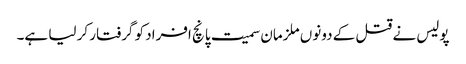
پولیس نے قتل کے دونوں ملزمان سمیت پانچ افراد کو گرفتار کر لیا ہے۔